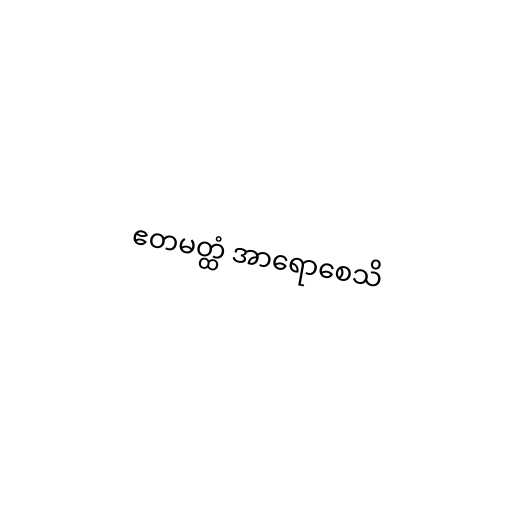
ဧတမတ္ထံ အာရောစေသိ